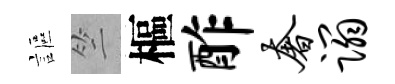
謳竺樞酢奢蹋